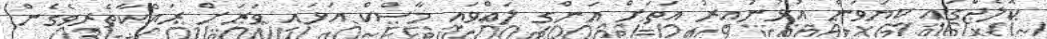
ކޮލެޖްގައި ކިޔަވަން އުޅުނުއިރު އަތަށް އަންގި ލައްވައި މާސްކް އަޅައި ވަރަށް ރައްކާތެރިވެގެން